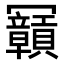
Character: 𠖫